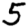
Digit: 5